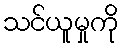
သင်ယူမှုကို